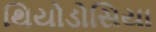
થિયોડોસિયા